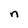
Character: n